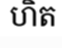
ហិត